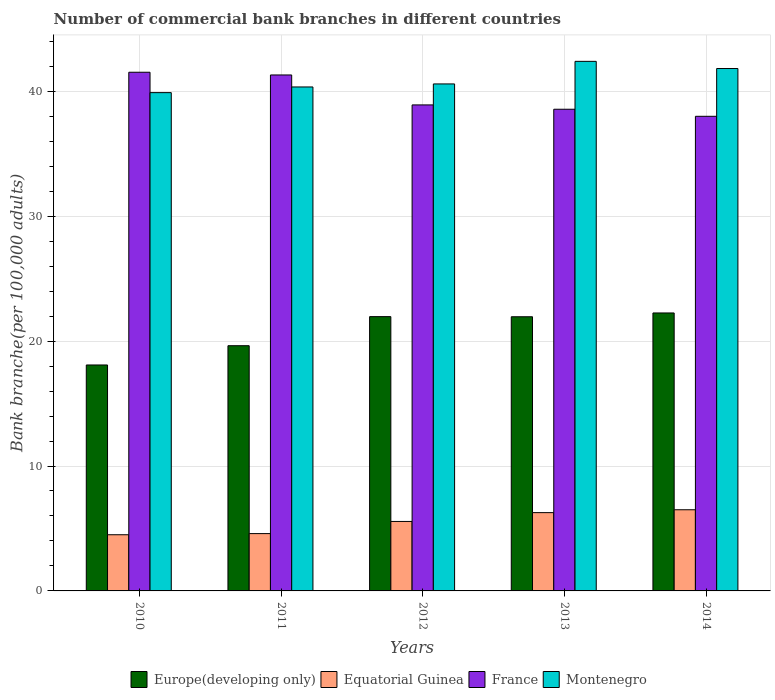
| Years | Europe(developing only) | Equatorial Guinea | France | Montenegro |
 | --- | --- | --- | --- | --- |
 | 2010 | 18.1 | 4.5 | 41.5 | 39.9 |
 | 2011 | 19.6 | 4.59 | 41.3 | 40.3 |
 | 2012 | 22 | 5.56 | 38.9 | 40.6 |
 | 2013 | 21.9 | 6.27 | 38.6 | 42.4 |
 | 2014 | 22.3 | 6.5 | 38 | 41.8 |